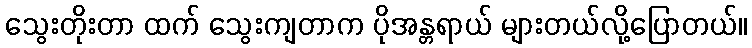
သွေးတိုးတာ ထက် သွေးကျတာက ပိုအန္တရာယ် များတယ်လို့ပြောတယ်။